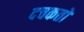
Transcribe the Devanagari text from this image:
दचकतो